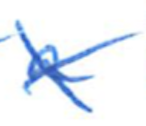
Text: a
Cross-out: cross
Writing tool: ballpoint